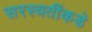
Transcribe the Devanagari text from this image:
सरस्वतींकडे